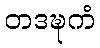
တဒဍ္ဎကံ